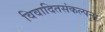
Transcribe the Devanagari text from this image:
विवादितसंकल्पना